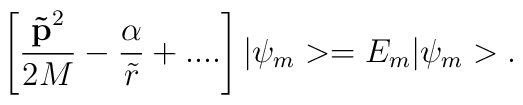
\left[ \frac{{\bf \tilde{p}}^2}{2M}-\frac \alpha {\tilde{r}}+....\right]|\psi _m>=E_m|\psi _m>.